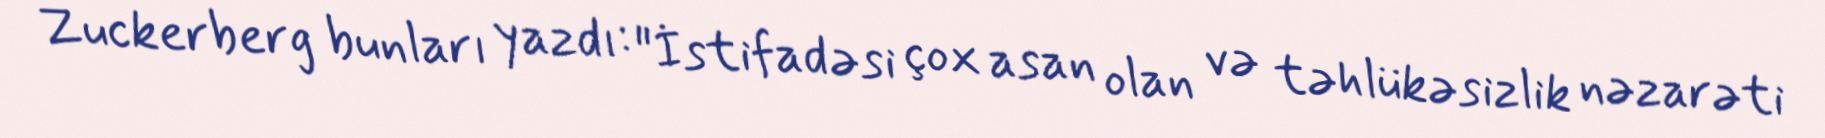
Zuckerberg bunları yazdı: "İstifadəsi çox asan olan və təhlükəsizlik nəzarəti